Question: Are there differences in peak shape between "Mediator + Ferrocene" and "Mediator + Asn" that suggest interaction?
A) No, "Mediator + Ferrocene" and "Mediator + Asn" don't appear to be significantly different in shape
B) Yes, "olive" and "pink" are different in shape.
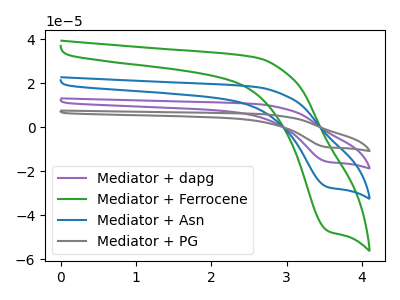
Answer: <think>The purple curve "Mediator + dapg" has a cathodic peak at: (3.55V, -54.60uA). The green curve "Mediator + Ferrocene" has a cathodic peak at: (3.55V, -47.25uA). The blue curve "Mediator + Asn" has a cathodic peak at: (3.55V, -27.30uA). The gray curve "Mediator + PG" has a cathodic peak at: (3.55V, -81.90uA).
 All the peaks in "Mediator + Ferrocene" have a peak in "Mediator + Asn" at the same potential. Every peak in "Mediator + Ferrocene" is higher than every peak in "Mediator + Asn".</think>
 <answer>A) No, "Mediator + Ferrocene" and "Mediator + Asn" don't appear to be significantly different in shape</answer>
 <eval>A</eval>